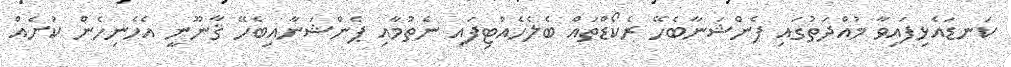
ކަނޑައެޅިފައިވާ މުއްދަތުގައި ޕެންޝަނާބެހޭ ރެކޯޑްތައް ބެލެހެއްޓިފައި ނެތުމާއި ޕެންޝަނާއިބެހޭ ޤާނޫނީ އެހެނިހެން ކުށެއް